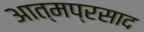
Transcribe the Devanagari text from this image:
आत्मप्रसाद